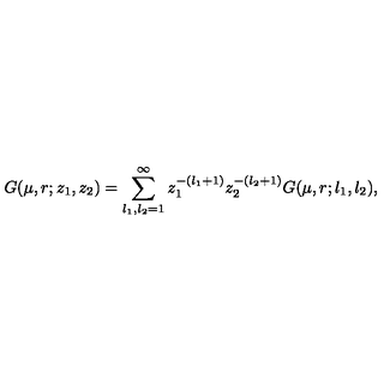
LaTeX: G ( \mu , r ; z _ { 1 } , z _ { 2 } ) = \sum _ { l _ { 1 } , l _ { 2 } = 1 } ^ { \infty } z _ { 1 } ^ { - ( l _ { 1 } + 1 ) } z _ { 2 } ^ { - ( l _ { 2 } + 1 ) } G ( \mu , r ; l _ { 1 } , l _ { 2 } ) ,